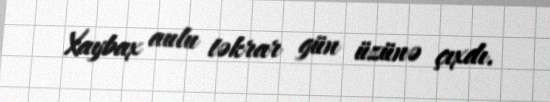
Xaybax aulu təkrar gün üzünə çıxdı.